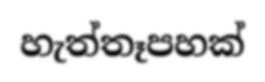
හැත්තෑපහක්